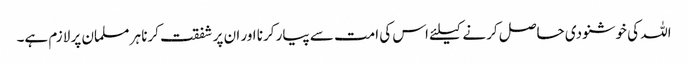
اللہ کی خوشنودی حاصل کرنے کیلئے اس کی امت سے پیار کرنا اور ان پر شفقت کرنا ہر مسلمان پر لازم ہے۔